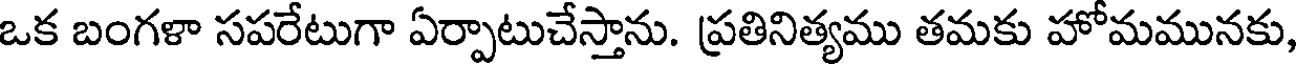
ఒక బంగళా సపరేటుగా ఏర్పాటుచేస్తాను. ప్రతినిత్యము తమకు హోమమునకు,